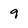
Character: 9